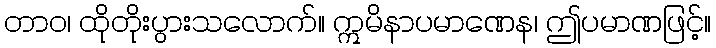
တာဝ၊ ထိုတိုးပွားသလောက်။ ဣမိနာပမာဏေန၊ ဤပမာဏဖြင့်။